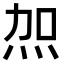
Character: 𭴖